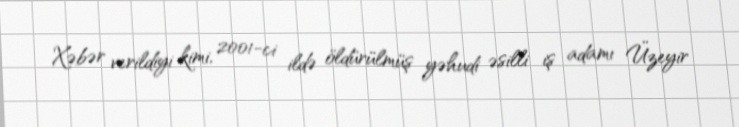
Xəbər verildiyi kimi, 2001-ci ildə öldürülmüş yəhudi əsilli iş adamı Üzeyir